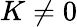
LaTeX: K\neq 0